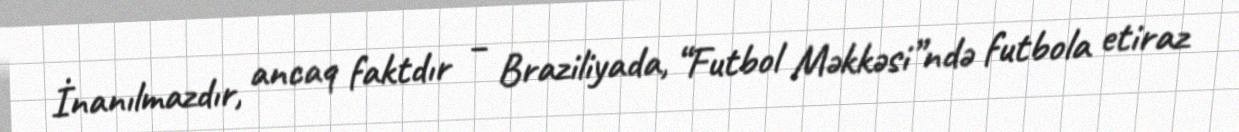
İnanılmazdır, ancaq faktdır – Braziliyada, “Futbol Məkkəsi”ndə futbola etiraz